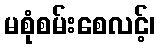
မစုံစမ်းစေလင့်၊